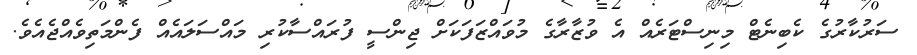
ސަރުކާރުގެ ކެބިނެޓް މިނިސްޓަރެއް އެ ވުޒާރާގެ މުވައްޒަފަކަށް ޖިންސީ ފުރައްސާކުރި މައްސަލައެއް ފެންމަތިވެއްޖެއެވެ.